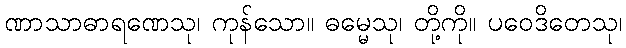
ဏာသာဓာရဏေသု၊ ကုန်သော။ ဓမ္မေသု၊ တို့ကို။ ပဝေဒိတေသု၊